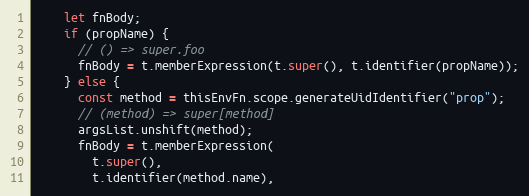
Language: JavaScript
    let fnBody;
    if (propName) {
      // () => super.foo
      fnBody = t.memberExpression(t.super(), t.identifier(propName));
    } else {
      const method = thisEnvFn.scope.generateUidIdentifier("prop");
      // (method) => super[method]
      argsList.unshift(method);
      fnBody = t.memberExpression(
        t.super(),
        t.identifier(method.name),